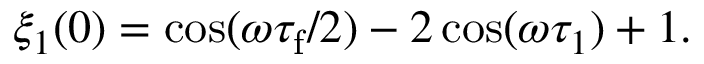
\begin{array} { r } { \xi _ { 1 } ( 0 ) = \cos ( \omega \tau _ { \mathrm { f } } / 2 ) - 2 \cos ( \omega \tau _ { 1 } ) + 1 . } \end{array}